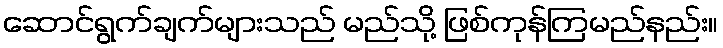
ဆောင်ရွက်ချက်များသည် မည်သို့ ဖြစ်ကုန်ကြမည်နည်း။